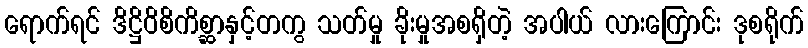
ရောက်ရင် ဒိဋ္ဌိဝိစိကိစ္ဆာနှင့်တကွ သတ်မှု ခိုးမှုအစရှိတဲ့ အပါယ် လားကြောင်း ဒုစရိုက်